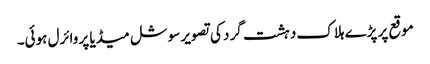
موقع پر پڑے ہلاک دہشت گرد کی تصویر سوشل میڈیا پر وائرل ہوئی۔